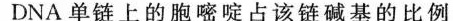
DNA单链上的胞嘧啶占该链碱基的比例